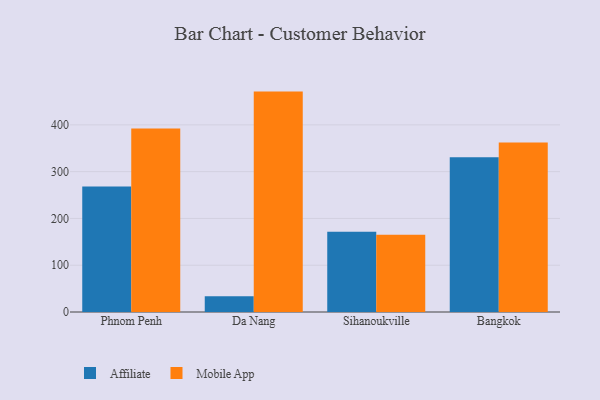
{"axis": {"x": "City", "y": "Customer Acquisition Cost (USD)"}, "legend": ["Affiliate", "Mobile App"], "data": [{"x": "Phnom Penh", "y": 268.0, "type": "Affiliate"}, {"x": "Phnom Penh", "y": 392.3, "type": "Mobile App"}, {"x": "Da Nang", "y": 33.7, "type": "Affiliate"}, {"x": "Da Nang", "y": 471.1, "type": "Mobile App"}, {"x": "Sihanoukville", "y": 171.4, "type": "Affiliate"}, {"x": "Sihanoukville", "y": 165.0, "type": "Mobile App"}, {"x": "Bangkok", "y": 330.8, "type": "Affiliate"}, {"x": "Bangkok", "y": 362.1, "type": "Mobile App"}]}